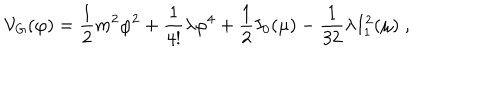
{ \cal V } _ { G } ( \varphi ) = { \frac { 1 } { 2 } } m ^ { 2 } \varphi ^ { 2 } + { \frac { 1 } { 4 ! } } \lambda \varphi ^ { 4 } + { \frac { 1 } { 2 } } I _ { 0 } ( \mu ) - { \frac { 1 } { 3 2 } } \lambda I _ { 1 } ^ { 2 } ( \mu ) \; ,